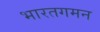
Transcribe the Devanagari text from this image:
भारतगमन